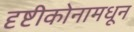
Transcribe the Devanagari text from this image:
दृष्टीकोनामधून